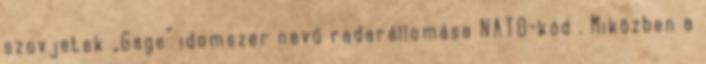
szovjetek „Gage” idomszer nevű radarállomása NATO-kód . Miközben a